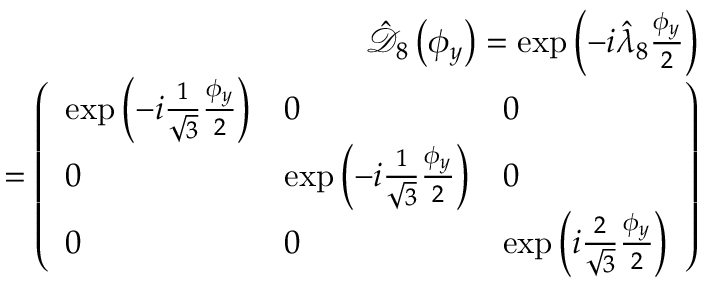
\begin{array} { r l r } & { } & { \hat { \mathcal D } _ { 8 } \left( \phi _ { y } \right) = \exp \left( - i \hat { \lambda } _ { 8 } \frac { \phi _ { y } } { 2 } \right) } \\ & { } & { = \left( \begin{array} { l l l } { \exp \left( - i \frac { 1 } { \sqrt { 3 } } \frac { \phi _ { y } } { 2 } \right) } & { 0 } & { 0 } \\ { 0 } & { \exp \left( - i \frac { 1 } { \sqrt { 3 } } \frac { \phi _ { y } } { 2 } \right) } & { 0 } \\ { 0 } & { 0 } & { \exp \left( i \frac { 2 } { \sqrt { 3 } } \frac { \phi _ { y } } { 2 } \right) } \end{array} \right) } \end{array}